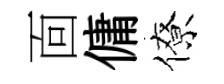
靣傭僚